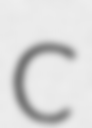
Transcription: C